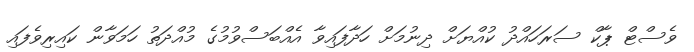
ވެސްޓް ޕާކް ސަރަހައްދު ކުއްޔަށް ދިނުމަށް ހަދާފައިވާ އެއްބަސްވުމުގެ މުއްދަތު ހަމަވާން ކައިރިވެފައި